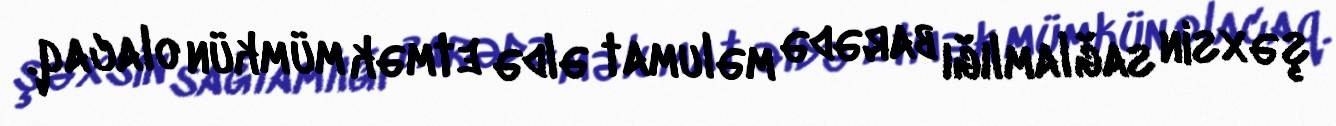
şəxsin sağlamlığı barədə məlumat əldə etmək mümkün olacaq.